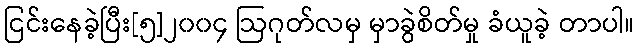
ငြင်းနေခဲ့ပြီး[၅]၂၀၀၄ ဩဂုတ်လမှ မှာခွဲစိတ်မှု ခံယူခဲ့ တာပါ။